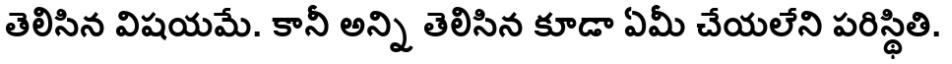
తెలిసిన విషయమే. కానీ అన్ని తెలిసిన కూడా ఏమీ చేయలేని పరిస్థితి.